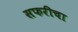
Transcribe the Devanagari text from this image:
सफरीचा